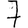
Digit: 7